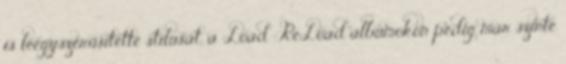
is leegyszerűsítette stílusát, a Load ReLoad albumokon pedig már szinte